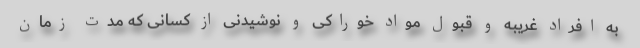
به افراد غریبه و قبول مواد خوراکی و نوشیدنی از کسانی که مدت زمان